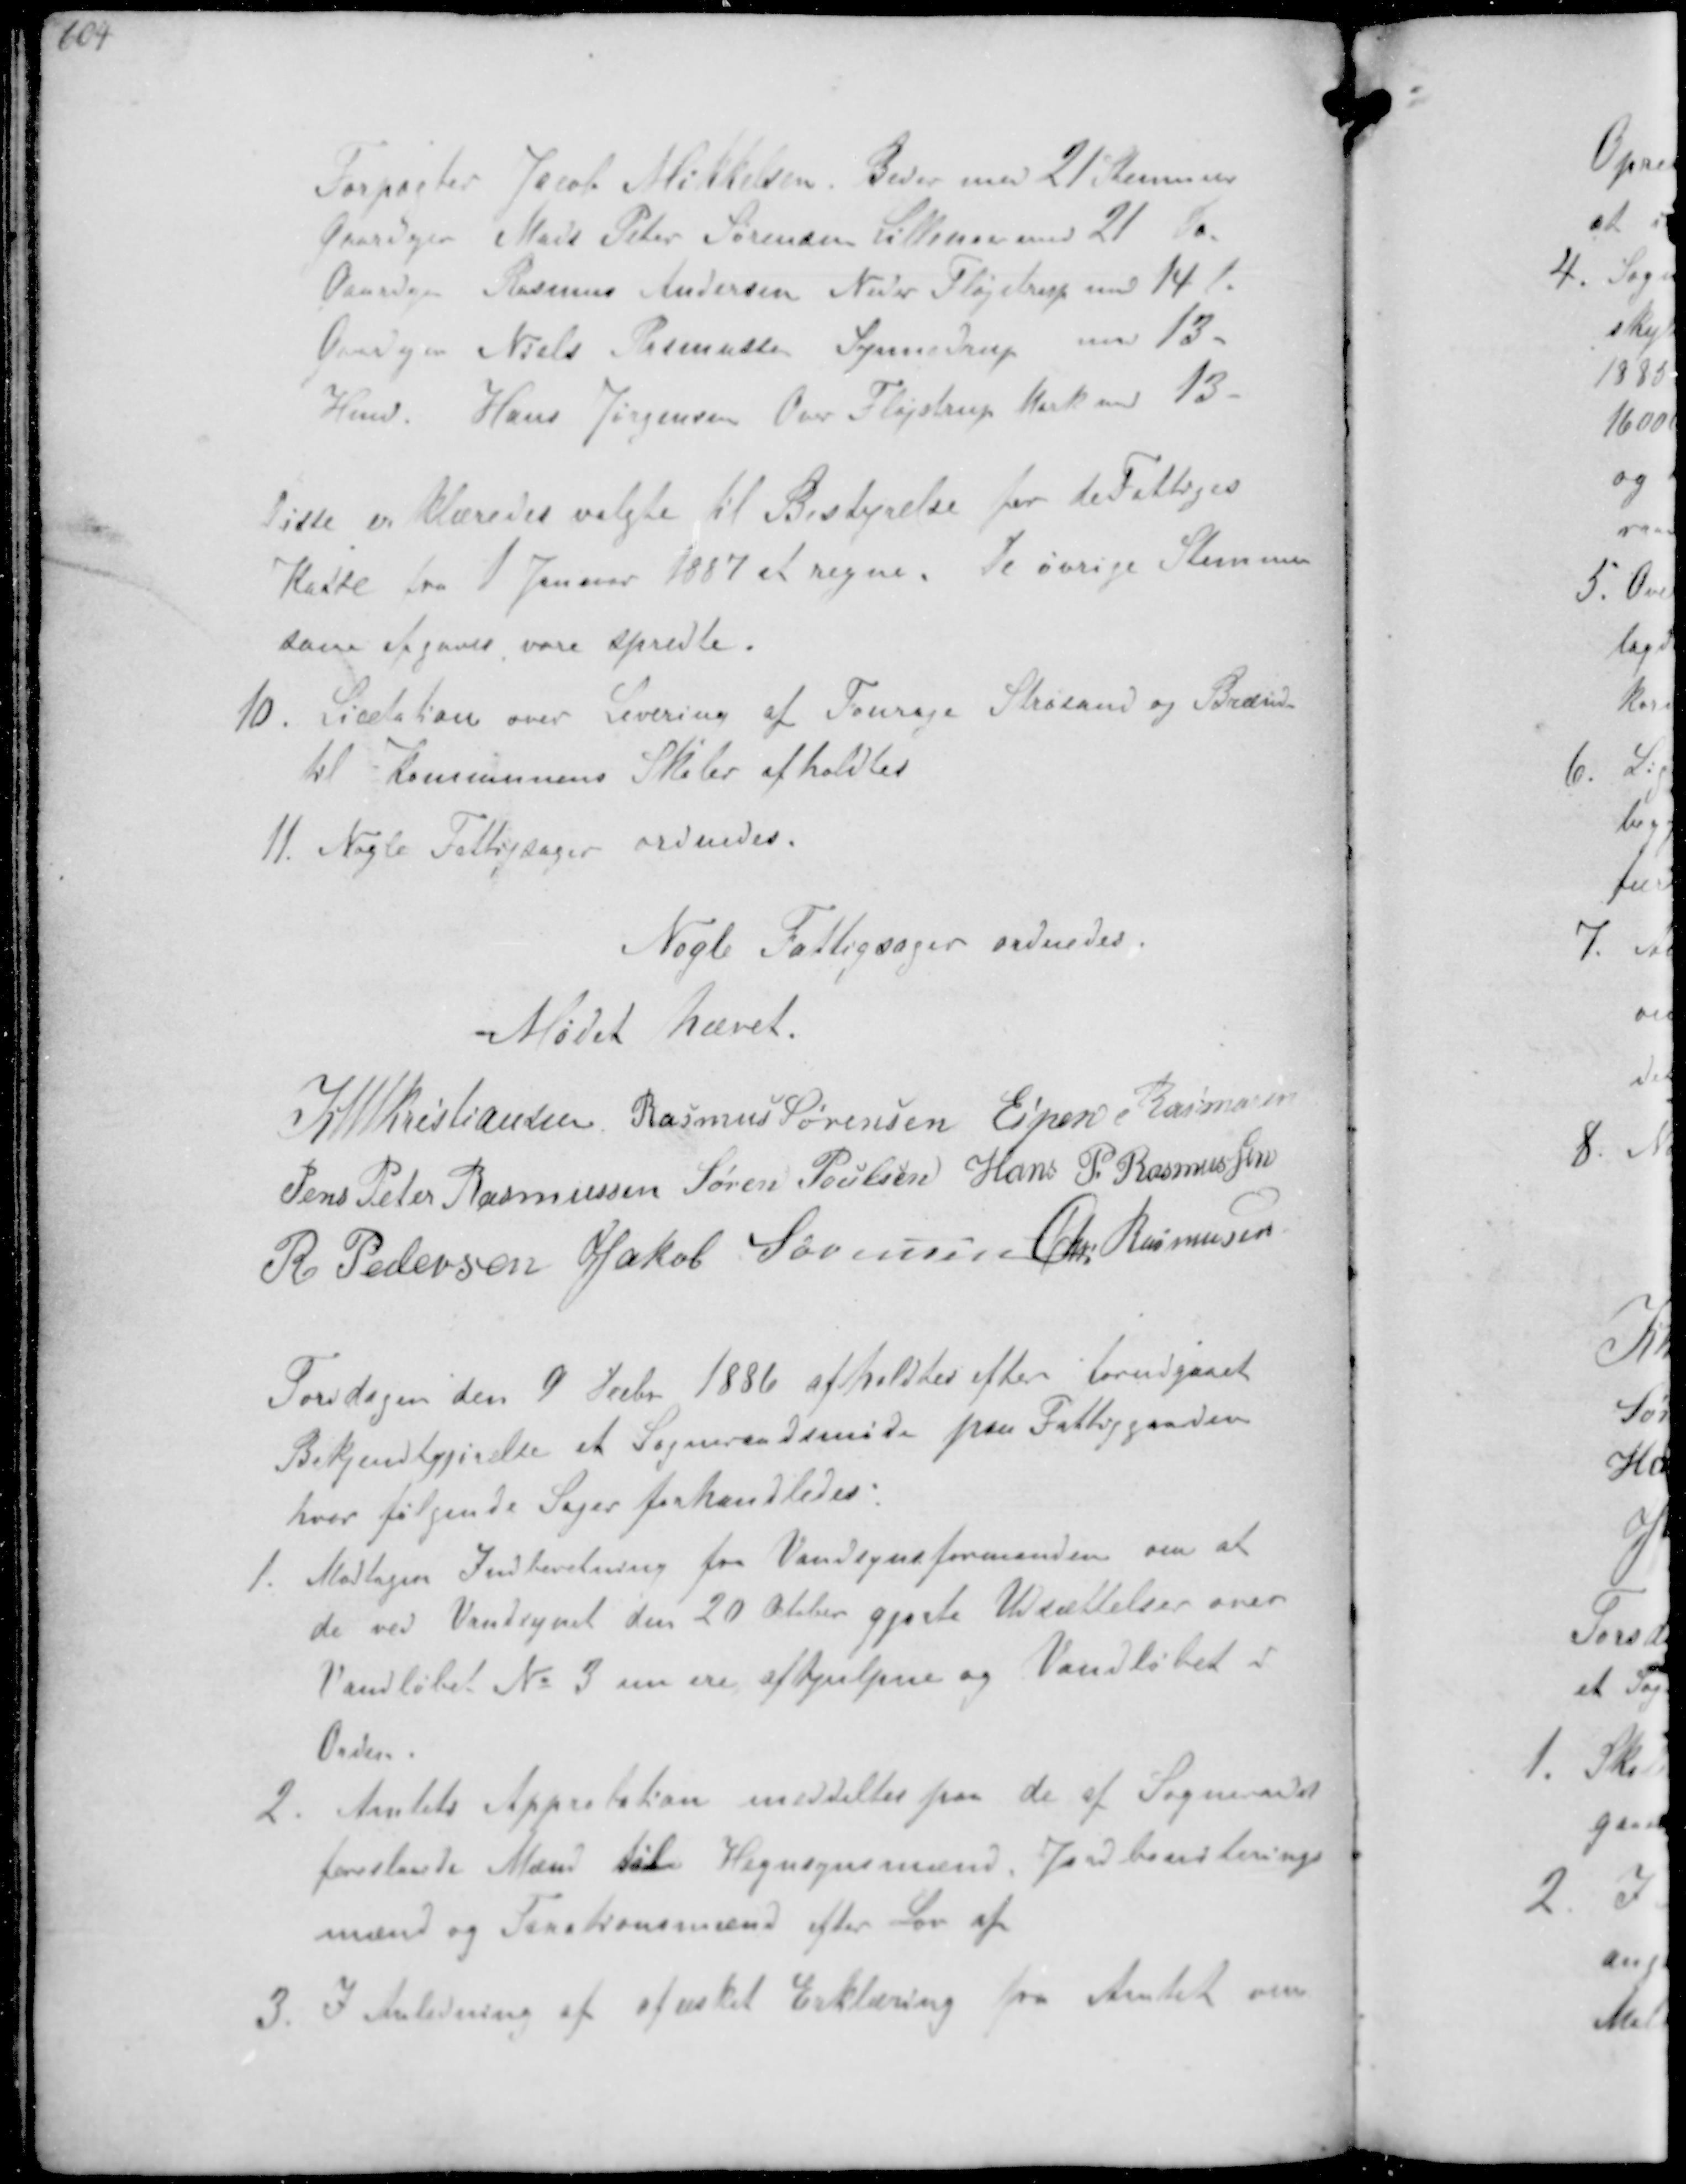
Transskription:
Forpagter Jacob Mikkelsen. Beder med 21 Stemmer
Gaardejer Mads Peter Sørensen Lillenoer med 21 St
Gaardejer Rasmus Andersen Neder Fløjstrup med 14
Gaardejer Niels Rasmussen Synnedrup med 13
Hmd Hans Jørgensen Over Fløjstrup Mark med 13

Disse er klæredes valgte til Bestyrelse for de Fattiges
kasse fra 1 Januar 1887 at regne. De øvrige Stemmer
som afgaves vare spredte.
10. Licitation over Levering af Fourage Strøsand og Brænde
til Kommunens Skole afholdtes
11. Nogle Fattigsager ordnedes.

Nogle Fattigsager ordnedes.
Mødet hævet

K N M Kristiansen Rasmus Sørensen Espen Rasmussen
Jens Peter Rasmussen Søren Poulsen Hans P Rasmussen
R. Pedersen Jakob Sørensen Chr Rasmussen

Torsdagen den 9 Decbr 1886 afholdtes efter forudgaaet
Bekjendtgjørelse et Sogneraadsmøde paa Fattiggaarden
hvor følgende Sager forhandledes:
1. Modtagen Indberetning fra Vandsynsformanden om at
de ved Vandsynet den 20 Oktober gjorte Udsættelser over
Vandløbet No 3 nu ere afhjulpne og Vandløbet i
Orden.
2. Amtets Approbation meddeltes for de af Sogneraadet
foreslaaede Mænd til Hegnsynsmænd, Jordboniterings-
mænd og Taxationsmænd efter Lov af
3. I Anledning afæsket Erklæring fra Amtet om